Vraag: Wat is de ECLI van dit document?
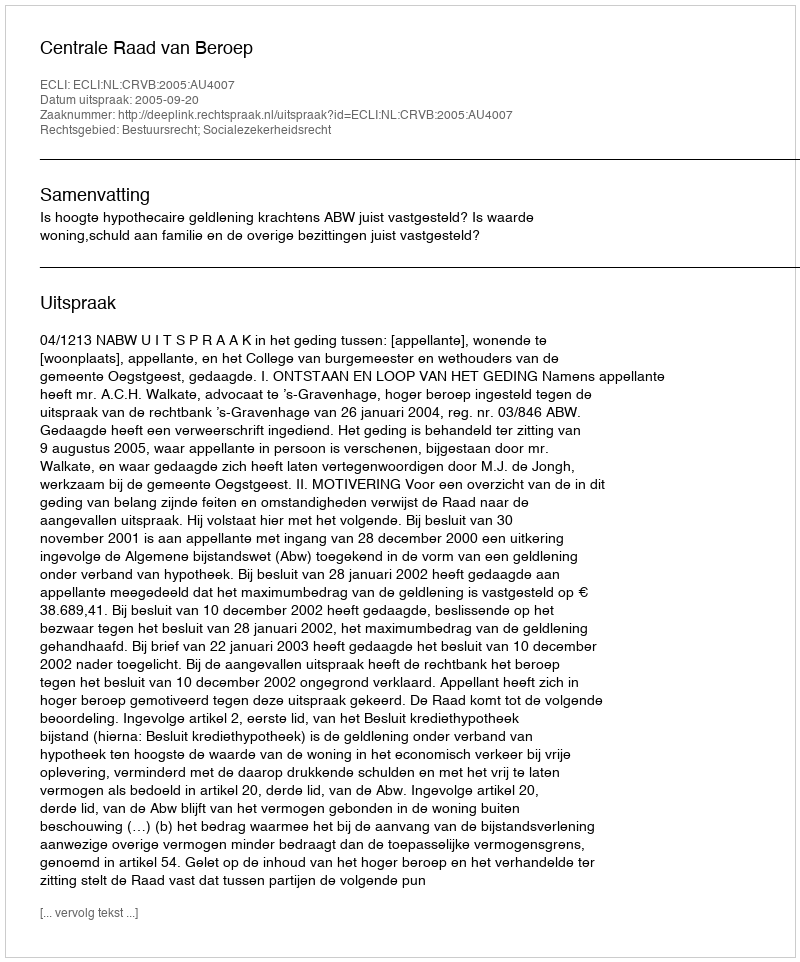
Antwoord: ECLI:NL:CRVB:2005:AU4007